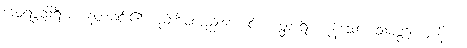
ဒေဝရဇ္ဇသိရီ စ၊ နတ်မင်း၏ စည်းစိမ်လည်းကောင်း။ စတ္တာရိ၊ ကုန်သော။ သမ္ပတ္တိစက္ကာနိ စ၊